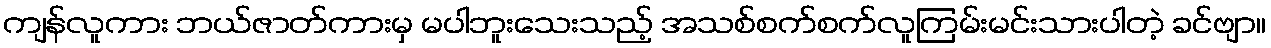
ကျန်လူကား ဘယ်ဇာတ်ကားမှ မပါဘူးသေးသည့် အသစ်စက်စက်လူကြမ်းမင်းသားပါတဲ့ ခင်ဗျာ။